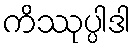
ကိဿုပ္ပါဒါ